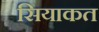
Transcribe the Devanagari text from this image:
सियाकत